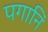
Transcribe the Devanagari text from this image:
पगानिं